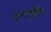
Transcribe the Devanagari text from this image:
ऐन्तलिये